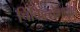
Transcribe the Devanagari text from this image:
चिकित्सेमधून